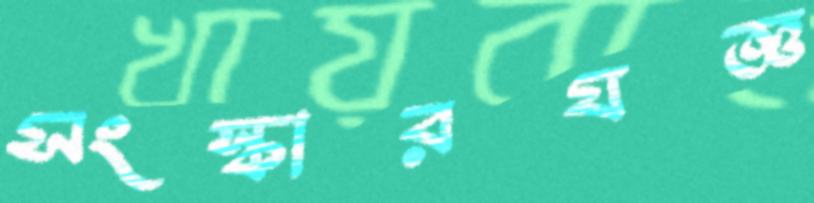
সংস্কারযজ্ঞ